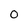
Character: 0